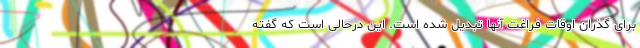
برای گذران اوقات فراغت آنها تبدیل شده است. این درحالی است که گفته